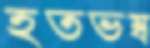
হতভম্ব